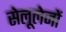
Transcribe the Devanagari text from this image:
सेलूलेजों